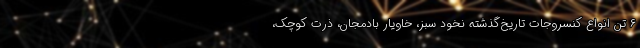
۶ تن انواع کنسروجات تاریخ‌گذشته نخود سبز، خاویار بادمجان، ذرت کوچک،